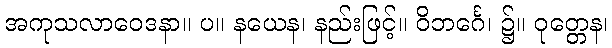
အကုသလာဝေဒနာ။ ပ။ နယေန၊ နည်းဖြင့်။ ဝိဘင်္ဂေ၊ ၌။ ဝုတ္တေန၊